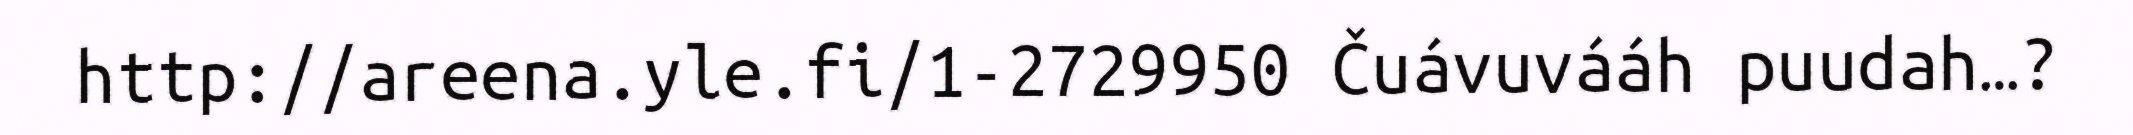
http://areena.yle.fi/1-2729950 Čuávuvááh puudah…?